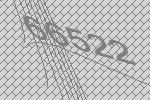
66522